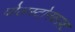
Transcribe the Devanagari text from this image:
वोलस्टोनक्राफ़्ट